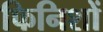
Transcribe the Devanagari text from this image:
फिनिशों